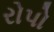
રોપો